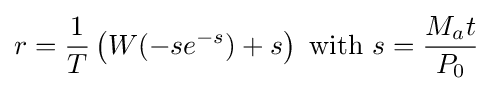
r={\frac {1}{T}}\left(W(-se^{-s})+s\right){\text{ with }}s={\frac {M_{a}t}{P_{0}}}